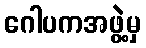
ဂေါပကအဖွဲ့မှ